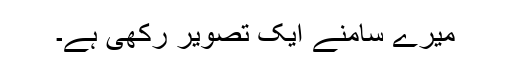
میرے سامنے ایک تصویر رکھی ہے۔